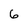
Character: 6